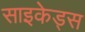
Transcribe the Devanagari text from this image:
साइकेड्स